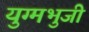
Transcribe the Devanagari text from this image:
युग्मभुजी